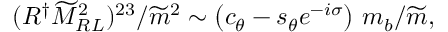
( R ^ { \dagger } \widetilde M _ { R L } ^ { 2 } ) ^ { 2 3 } / { \widetilde m ^ { 2 } } \sim \left( c _ { \theta } - s _ { \theta } e ^ { - i \sigma } \right) \, m _ { b } / \widetilde m ,